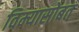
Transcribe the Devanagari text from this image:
विम्यासोबत